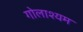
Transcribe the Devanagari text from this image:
गोलाश्यम